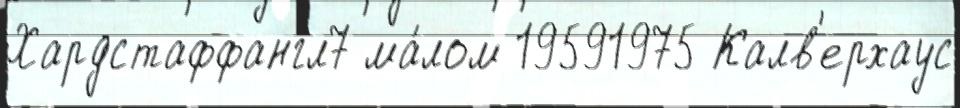
Хардстаффангл7 ма́лом 19591975 Калв'ерхаус